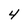
Character: 4